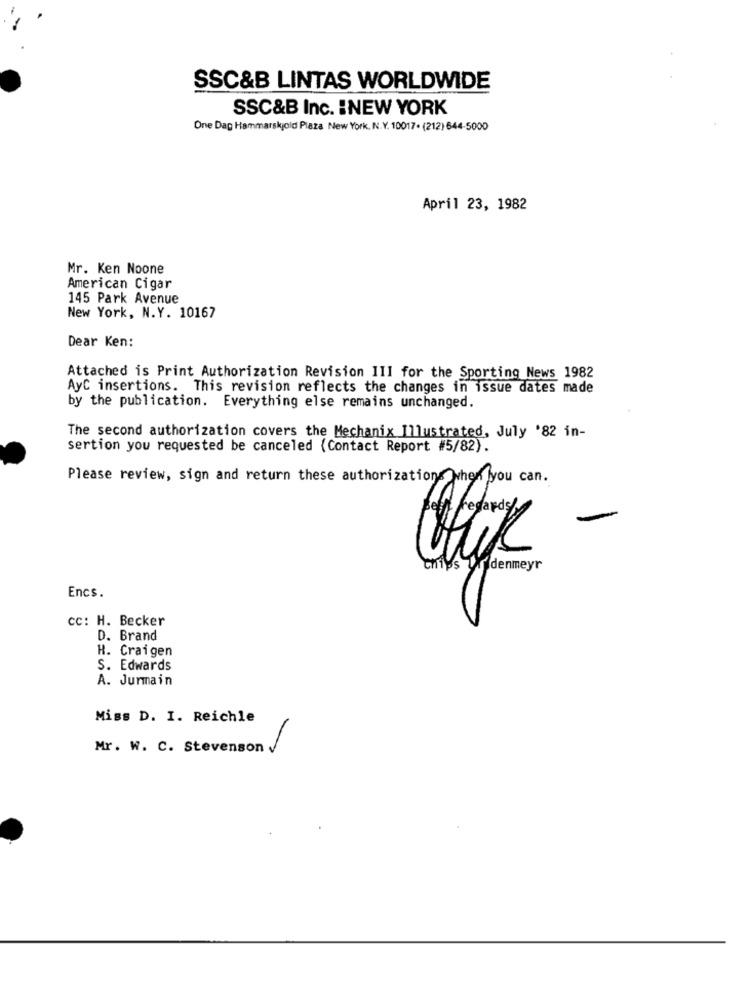
SSC&B LINTAS WORLDWIDE
SSC&B Inc. INEW YORK
One Dag Hammarskjold Plaza New York, N.Y. 10017. (212) 644-5000
April 23, 1982
Mr. Ken Noone
American Cigar
145 Park Avenue
New York, N.Y. 10167
Dear Ken:
Attached is Print Authorization Revision III for the Sporting News 1982
AyC insertions. This revision reflects the changes in issue dates made
by the publication. Everything else remains unchanged.
The second authorization covers the Mechanix Illustrated, July '82 in-
sertion you requested be canceled (Contact Report #5/82).
Please review, sign and return these authorizations when you can.
chips
Uf denmeyr
Encs.
cc: H. Becker
D. Brand
H. Craigen
S. Edwards
A. Jurmain
Miss D. I. Reichle
Mr. W. C. Stevenson